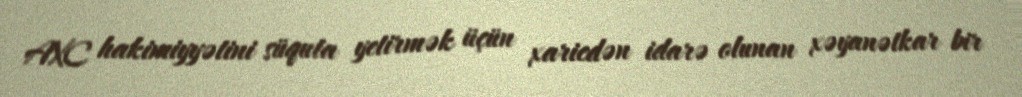
AXC hakimiyyətini süquta yetirmək üçün xaricdən idarə olunan xəyanətkar bir